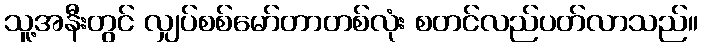
သူ့အနီးတွင် လျှပ်စစ်မော်တာတစ်လုံး စတင်လည်ပတ်လာသည်။